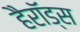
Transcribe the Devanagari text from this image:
हैरॉड्स